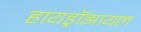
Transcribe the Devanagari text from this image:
हायड्रॉझायल